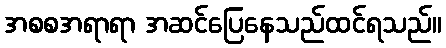
အစစအရာရာ အဆင်ပြေနေသည်ထင်ရသည်။